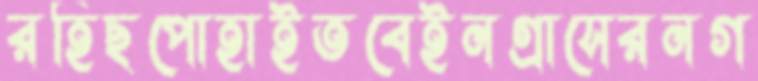
রহিছপোহাইতবেইনগ্রাসেরনগ